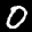
Label: 0